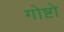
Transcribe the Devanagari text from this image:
गोष्टो